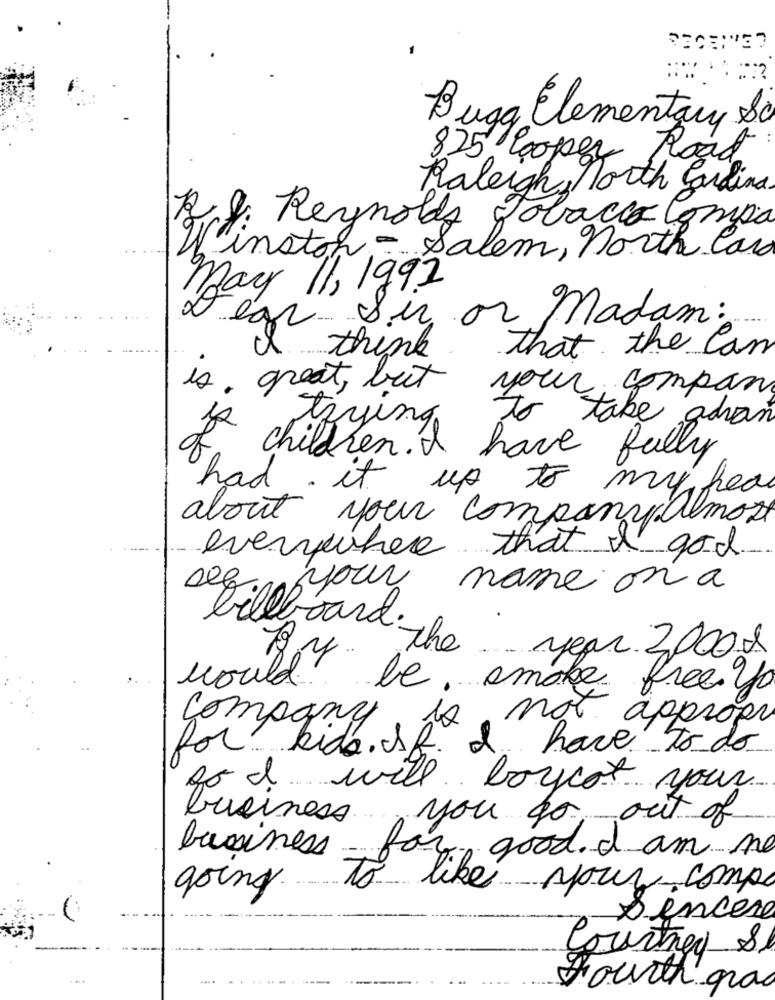
Buga Elementary So
825 Cooper Road
Raleigh, North Cardina
R. J. Reynolds Tobacco Compa
Winston - Salem , north Car
may 11, 1992
Ser or Madam:
egr
that the Can
think
is great, but
your company
take advan
trying
children. I
have fully
up
had. it
to my head
about your companyalmost
everywhere that it god.
name on a
of your
billboard the year 2000
would
be, smoke free yo
company
, do not appropri
for kids. SR.
I have to do
god will boycot your
.. .
you go out of
business
business
for good. I am me
tipo?
your comp
going.
Dencere
Courtney &
Fourth gra